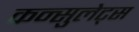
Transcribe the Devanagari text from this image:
कन्सुलेट्स